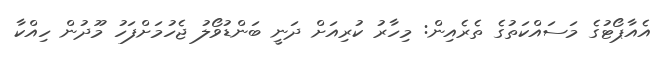
އެއާޕޯޓުގެ މަސައްކަތުގެ ތެރެއިން: މިހާރު ކުރިއަށް ދަނީ ބަންޑުވޯލު ޖެހުމަށްފަހު މޫދުން ހިއްކާ